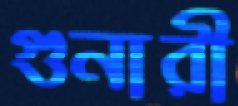
গুনারী